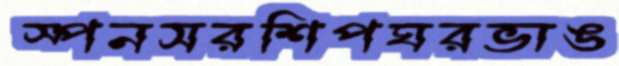
স্পনসরশিপঘরভাঙ